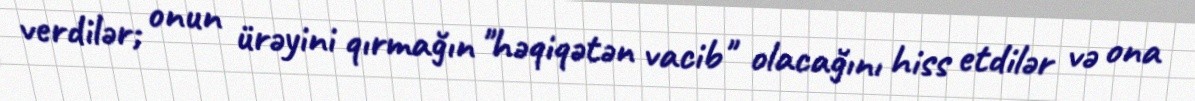
verdilər; onun ürəyini qırmağın "həqiqətən vacib" olacağını hiss etdilər və ona